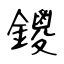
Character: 鑁